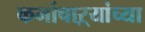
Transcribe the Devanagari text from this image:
कर्माचाऱ्यांच्या